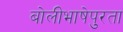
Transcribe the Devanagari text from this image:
बोलीभाषेपुरता